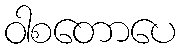
ဝါစတောပေ